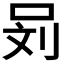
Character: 𰇞